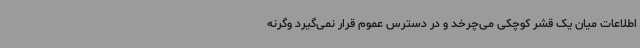
اطلاعات میان یک قشر کوچکی می‌چرخد و در دسترس عموم قرار نمی‌گیرد وگرنه